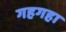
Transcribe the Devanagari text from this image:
गहगहा